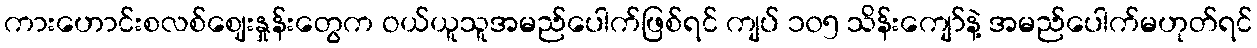
ကားဟောင်းစလစ်ဈေးနှုန်းတွေက ဝယ်ယူသူအမည်ပေါက်ဖြစ်ရင် ကျပ် ၁၀၅ သိန်းကျော်နဲ့ အမည်ပေါက်မဟုတ်ရင်